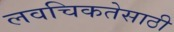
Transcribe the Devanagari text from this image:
लवचिकतेसाठी